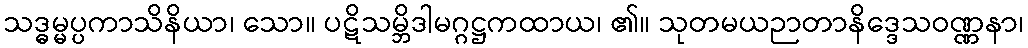
သဒ္ဓမ္မပ္ပကာသိနိယာ၊ သော။ ပဋိသမ္ဘိဒါမဂ္ဂဋ္ဌကထာယ၊ ၏။ သုတမယဉာတာနိဒ္ဒေသဝဏ္ဏနာ၊